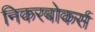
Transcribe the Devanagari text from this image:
निकरबोकर्स